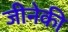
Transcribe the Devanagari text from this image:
जीनेकी